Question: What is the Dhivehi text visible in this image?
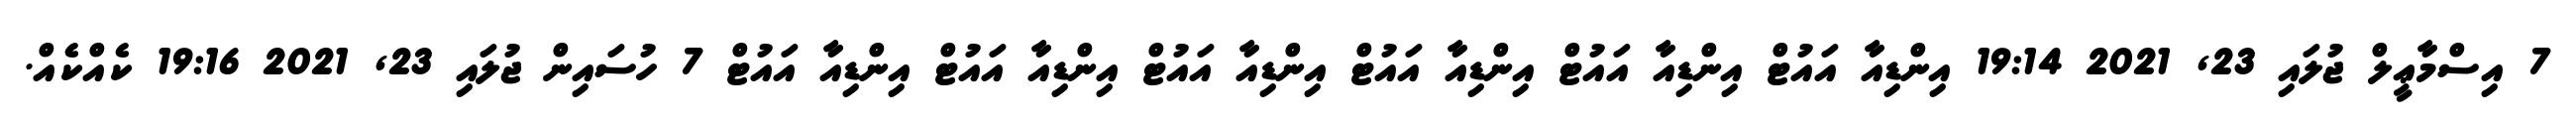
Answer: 7 އިސްމާޢީލް ޖުލައި 23, 2021 19:14 އިންޑިއާ އައުޓް އިންޑިއާ އައުޓް އިންޑިއާ އައުޓް އިންޑިއާ އައުޓް އިންޑިއާ އައުޓް އިންޑިއާ އައުޓް 7 ހުސައިން ޖުލައި 23, 2021 19:16 ކެއްކެއް.